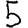
Digit: 5